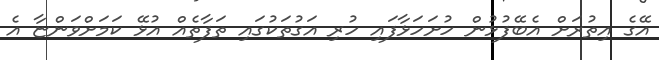
އޭގެ އިތުރަށް އެބޭފުޅުން ހުށަހަޅާފައި ހުރި އަގުތަކުގައި ތަފާތެއް އުޅޭ ކަމަށްވަންޏާ އެ